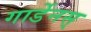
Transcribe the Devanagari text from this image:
गार्डेनस्